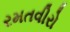
રમતવીરો